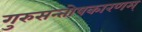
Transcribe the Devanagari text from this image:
गुरुसन्तोषकारणम्